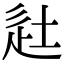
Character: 𨑡